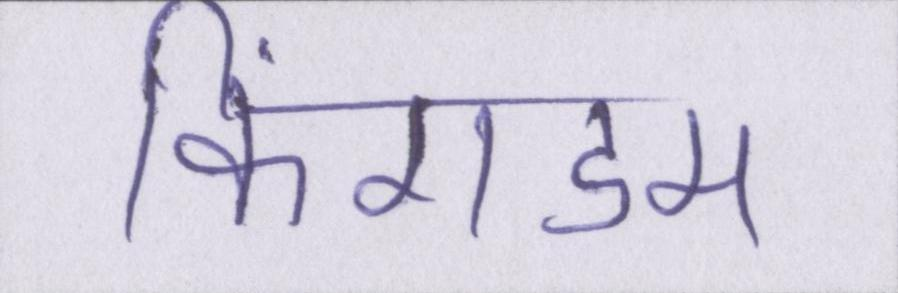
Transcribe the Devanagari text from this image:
किंगडम